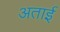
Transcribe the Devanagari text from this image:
अताई